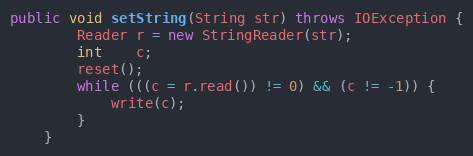
Language: Java
public void setString(String str) throws IOException {
        Reader r = new StringReader(str);
        int    c;
        reset();
        while (((c = r.read()) != 0) && (c != -1)) {
            write(c);
        }
    }